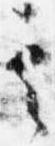
其